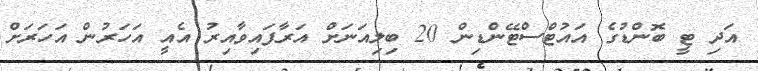
އަދި ޓީ ބޮންޑުގެ އައުޓްސްޓޭންޑިން 20 ބިލިއަނަށް އަރާފައިވާއިރު އެއީ އަހަރުން އަހަރަށް